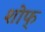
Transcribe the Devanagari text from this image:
शोफ्